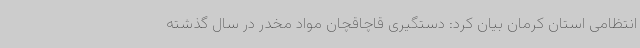
انتظامی استان کرمان بیان کرد: دستگیری قاچاقچان مواد مخدر در سال گذشته